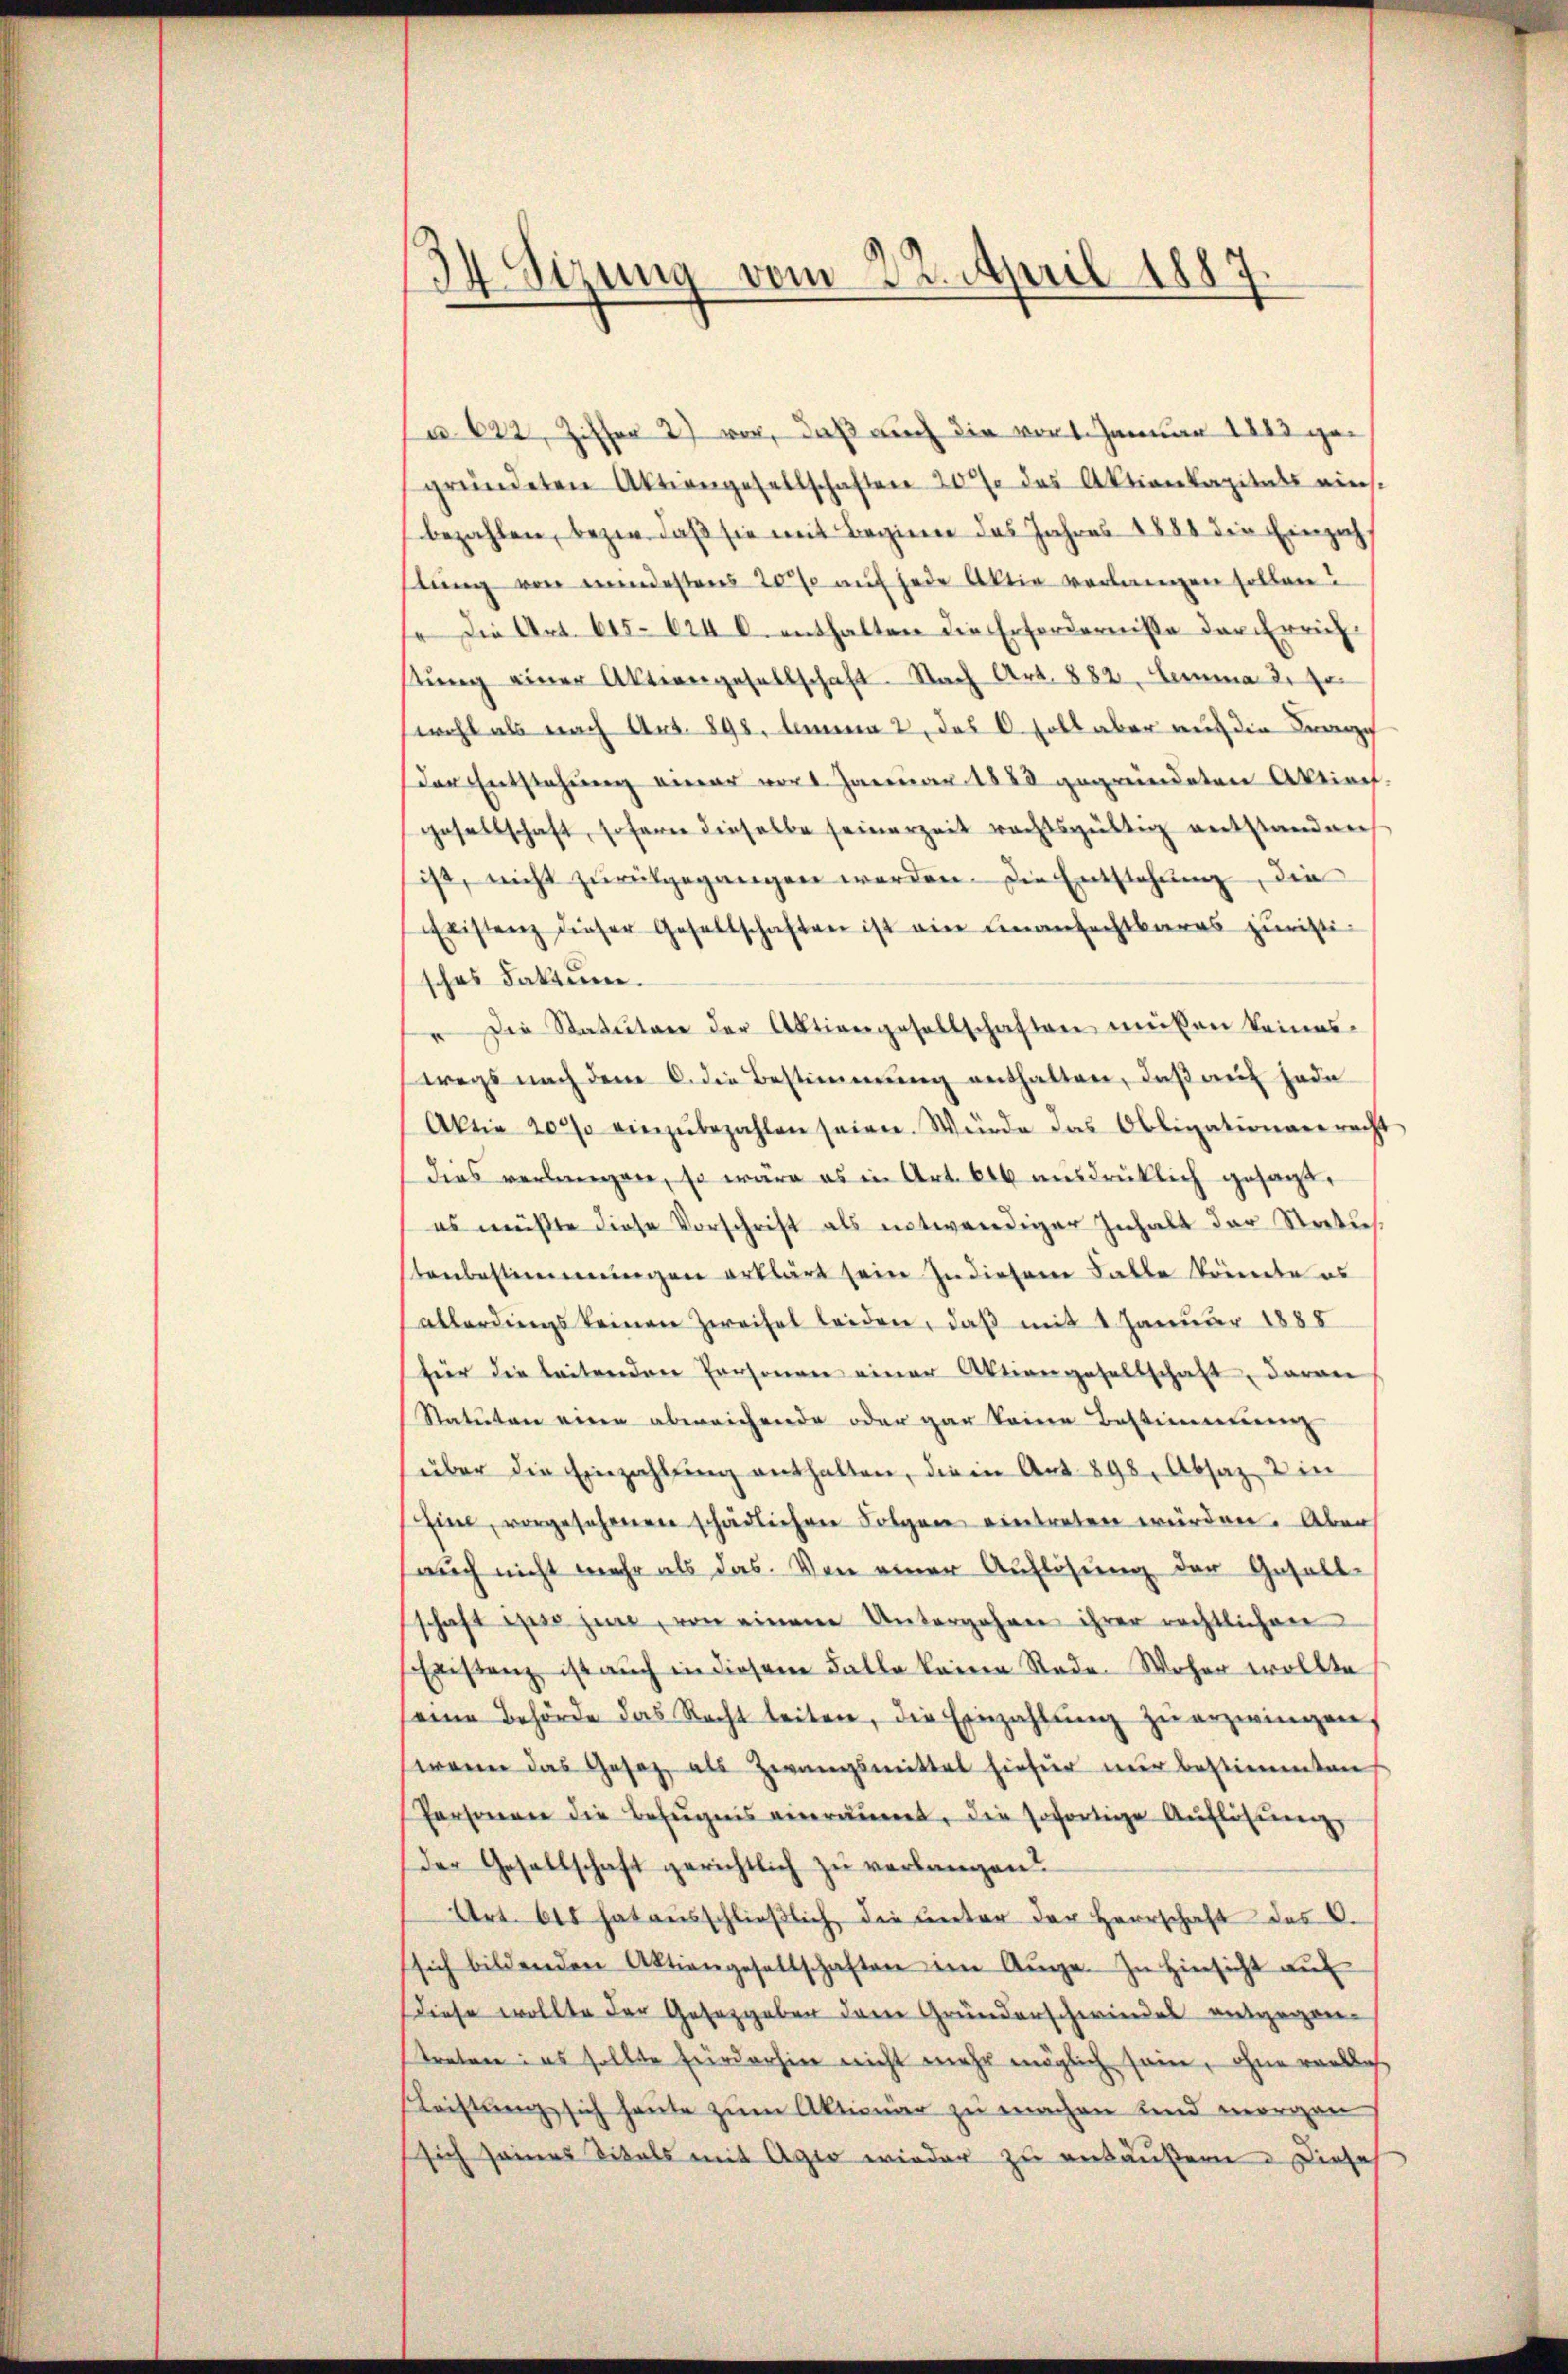
34 Sizung vom 22. April 1884

622, Ziffer 2) vor, daß auch die von 1. Januar 1883 gegründeten Aktiengesellschaften 20 des Aktienkapitals eins.
bezahlen, bezw. daß sie mit Beginn das Jahres 1881 die Einzah
stŭng von mindestens 20% auf jede Aktie verlangen sollen?
" Die Art. 645. 624 0. enthalten die Erfordernisse der Errich
tŭng einer Aktiengesellschaft. Nach Art. 882. Lemma 2. Jo
wohl als nach Art. 898. Anna 2, das O. soll aber auf die Beric
der Entstehung einer vor 1. Januar 1888 gegründeten Aktiech.
gesellschaft, sofern dieselbe seinerzeit rechtsgültig entstanden
ist, nicht zŭrückgegangen werden. Die Entstehung, die
Fristenz dieser Gesellschaften ist ein einanfechtbares juristi-
sches Faktum.
" Die Statuten der Aktiengesellschaften müßen keines
wegs nach dem 6. die Bestimmung enthalten, daß auf Fode
Aktie 20 % einzŭbezahlen seien. Würde das Obligationare recht
dies verlangen, so wäre es in Art. 646 ausdrücklich gesagt,
es müßte diese Vorschrift als notwendiger Inhalt der Statu
tenbestimmungen erklärt sein Indiesem Falle könnte es
allerdings keinen Zweifel leiden, daß mit 1 Januar 1888
für die leitenden Personen einer Aktiengesellschaft, daran
Statuten einen abereichende oder gar keine Bestimmung
über die Einzahlung enthalten, die in Art. 898, Absaz, 2 in
Eine, vorgesehenen schädlichen Folgen eintreten würden. Aber
auch nicht mehr als das. Von einer Auflösung der Gesell-
schaft ipso jene, von einem Untergehen ihrer rechtlichen
Eristenz ist auch in diesem Falle keine Rode-Woher wollte
seine Behörde das Recht leiten, die Einzahlŭng zu erzwingen
wenn das Gesetz, als Zwangsmittel hiefür nur bestimmten
Personen die Befugnis verräumet, die sofortige Auflösung,
der Gesellschaft gerichtlich zu verlangen?
Art. 615 hat aŭsschlieβlich die ŭnter der Herrschaft des C.
sich bildenden Aktiengesellschaften im Auge. In Hinsicht aŭf
Diese wollte der Gesetzgeber dem Grunderschwindes entgegenstreten: es sollte Friederhin nicht mehr möglich sein, ohne verblas
Leistung sich heute zum Aktionär zu machen und morgen
sich seines Titels mit Agio wieder zu entäußern. Diese